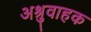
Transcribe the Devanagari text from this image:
अश्रुवाहक